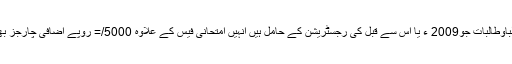
واضح رہے کہ ایسے طلباوطالبات جو2009 ء یا اس سے قبل کی رجسٹریشن کے حامل ہیں انہیں امتحانی فیس کے علاوہ 5000/= روپے اضافی چارجز بھی جمع کرانے ہوں گے۔